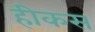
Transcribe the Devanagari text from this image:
हीकस